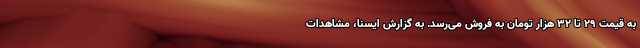
به قیمت ۲۹ تا ۳۲ هزار تومان به فروش می‌رسد. به گزارش ایسنا، مشاهدات